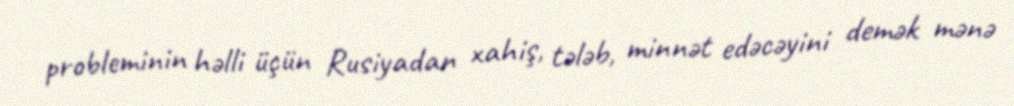
probleminin həlli üçün Rusiyadan xahiş, tələb, minnət edəcəyini demək mənə